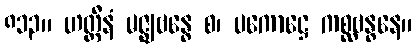
၈၁၃။ ဟတ္ထီနံ မဇ္ဈဗန္ဓေ စ၊ ပကောဋ္ဌေ ကစ္ဆဗန္ဓနေ။